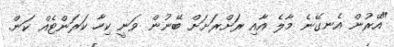
"އޭރުން އެނގޭނެ މާލެ އާއި ރަށްރަށަށް ބޭނުން ވަނީ ކިހާ ކަރަންޓެއް ކަން.